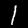
Label: 1